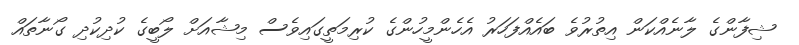
ޝިފާންގެ ލާނެއްކަން އިތުރުވެ ބައެއްފަހަރު އެހެންމީހުންގެ ކުރިމަތީގައިވެސް މިޝާއަށް ލޯބީގެ ކުދިކުދި ގޯނާތައް